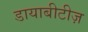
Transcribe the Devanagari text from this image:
डायाबीटीज़